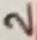
Text: 2